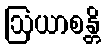
ဩယာစန္တိ